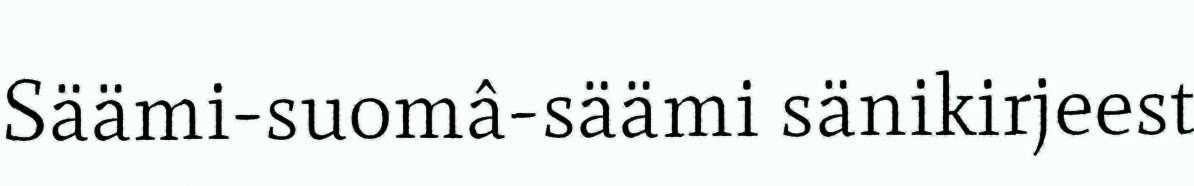
Säämi-suomâ-säämi sänikirjeest